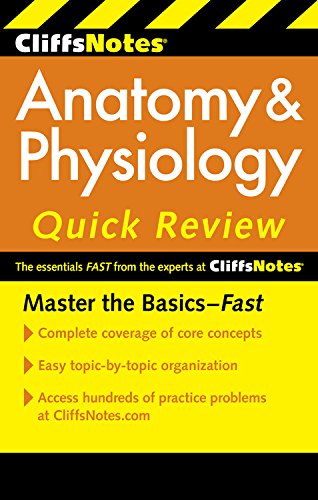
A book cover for CliffsNotes Anatomy & Physiology Quick Review, 2ndEdition (Cliffsnotes Quick Review); Steven Bassett; Science & Math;